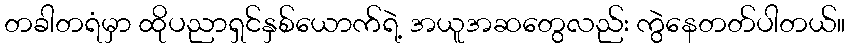
တခါတရံမှာ ထိုပညာရှင်နှစ်ယောက်ရဲ့ အယူအဆတွေလည်း ကွဲနေတတ်ပါတယ်။